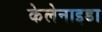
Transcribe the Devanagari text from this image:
केलेनाइडा